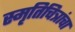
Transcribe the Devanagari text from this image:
स्मृतिचित्रांचा